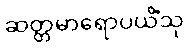
ဆတ္တမာရောပယိံသု